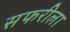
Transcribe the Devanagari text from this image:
सफरीला